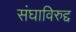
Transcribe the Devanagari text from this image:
संघाविरुद्द